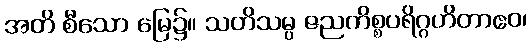
အတိ စီသော မြေ၌။ သတိသမ္ပ ဇညကိစ္စပရိဂ္ဂဟိတာဧဝ၊